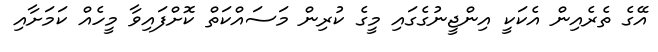
އޭގެ ތެރެއިން އެކަކީ އިންޖީނުގެގައި މީގެ ކުރިން މަސައްކަތް ކޮށްފައިވާ މީހެއް ކަމަށާއި